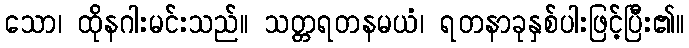
သော၊ ထိုနဂါးမင်းသည်။ သတ္တရတနမယံ၊ ရတနာခုနှစ်ပါးဖြင့်ပြီး၏။